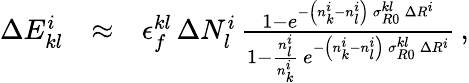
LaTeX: \begin{array}{rlr}{\Delta E_{kl}^{i}}&{\approx}&{\epsilon_{f}^{kl}\, \Delta N_{l}^{i}\, \frac{1-e^{-\left(n_{k}^{i}-n_{l}^{i}\right)\, \sigma_{R0}^{kl}\, \Delta R^{i}}}{1-\frac{n_{l}^{i}}{n_{k}^{i}}\, e^{-\left(n_{k}^{i}-n_{l}^{i}\right)\, \sigma_{R0}^{kl}\, \Delta R^{i}}}\, ,}\end{array}